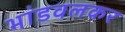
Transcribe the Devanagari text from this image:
भांडवलकर